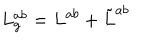
L _ { g } ^ { a b } = L ^ { a b } + \tilde { L } ^ { a b }